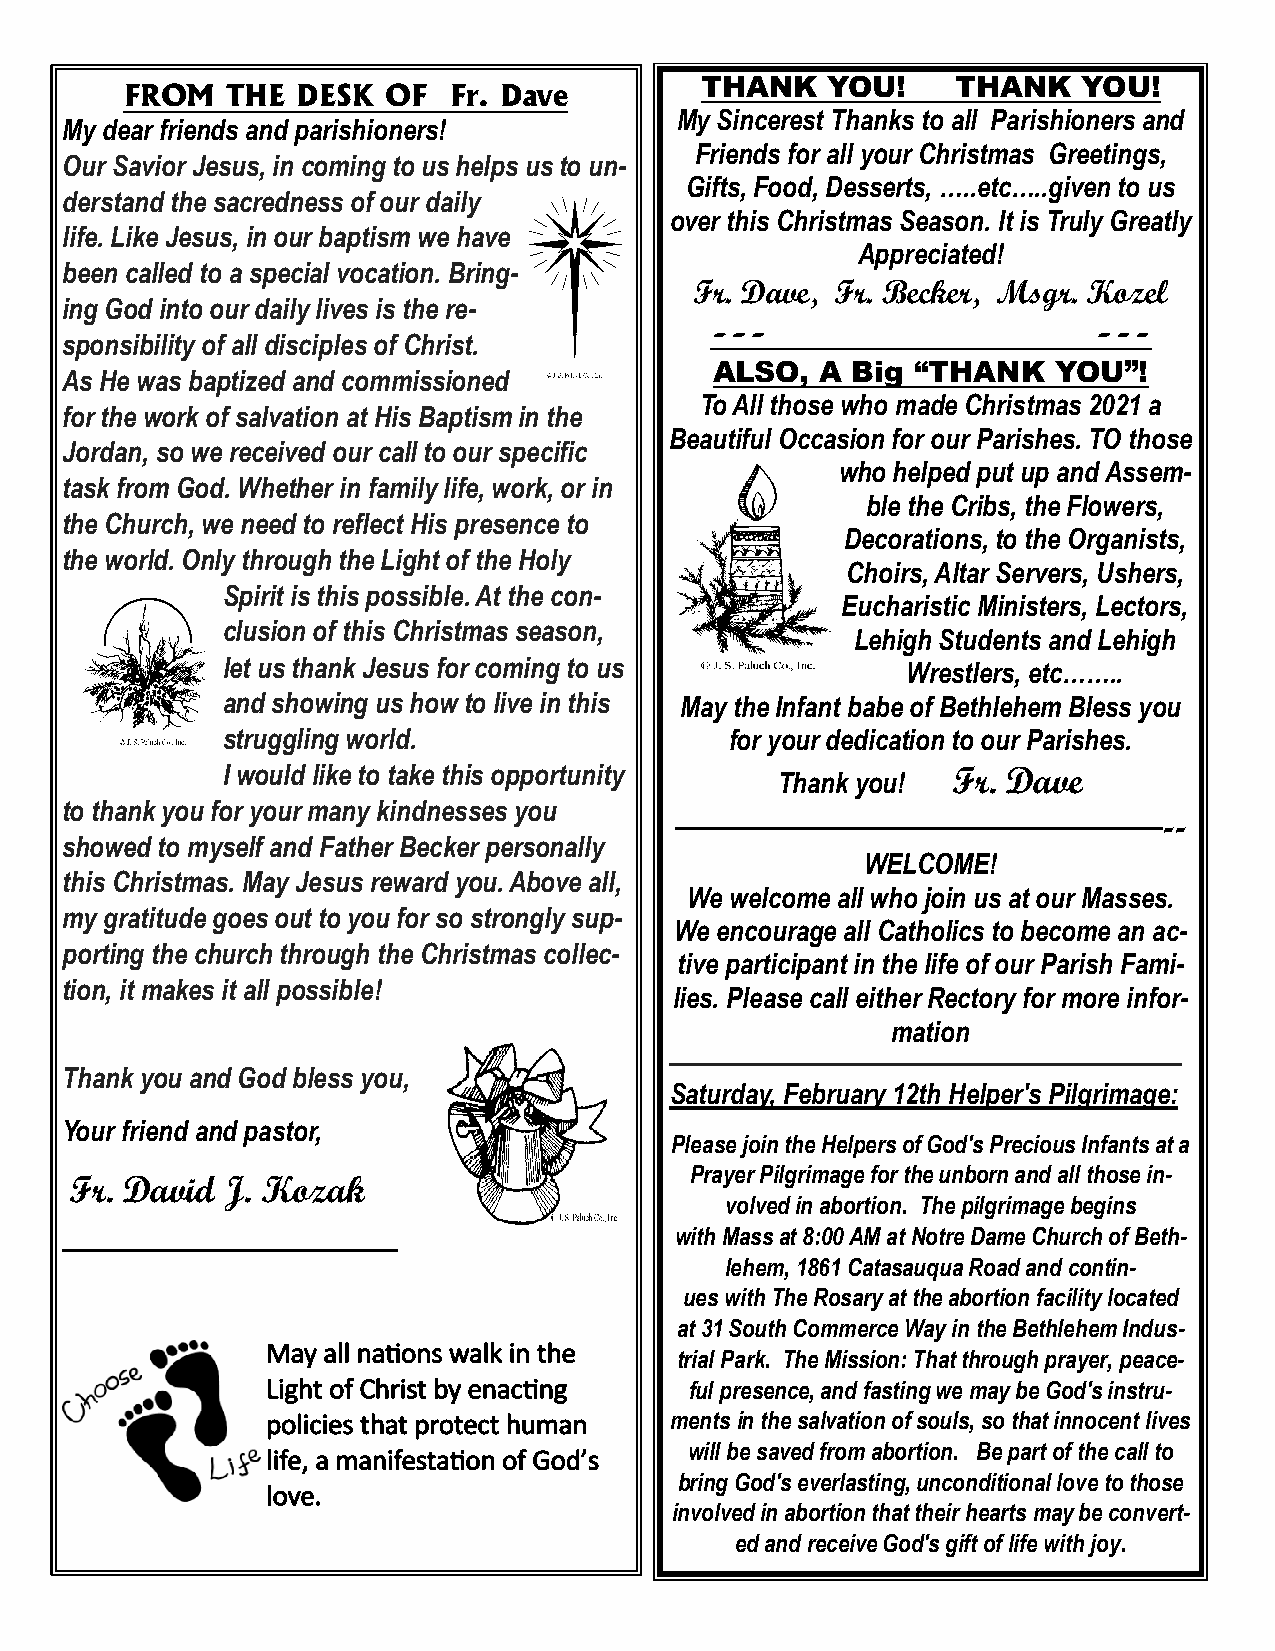
FROM   THE  DESK OF   Fr. Dave
 THANK    YOU!    THANK    YOU!
 My Sincerest Thanks to all Parishioners and
 My dear friends and parishioners!
 Friends for all your Christmas Greetings,
 Our Savior Jesus, in coming to us helps us to un-
 Gifts, Food, Desserts, …..etc…..given to us
 derstand the sacredness of our daily
 over this Christmas Season. It is Truly Greatly
 life. Like Jesus, in our baptism we have
 Appreciated!
 been called to a special vocation. Bring-
 Fr. Dave, Fr. Becker, Msgr. Kozel
 ing God into our daily lives is the re-
 ---                      ---
 sponsibility of all disciples of Christ.
 ALSO,  A Big “THANK    YOU”!
 As He was baptized and commissioned
 To All those who made Christmas 2021 a
 for the work of salvation at His Baptism in the
 Beautiful Occasion for our Parishes. TO those
 Jordan, so we received our call to our specific
 who helped put up and Assem-
 task from God. Whether in family life, work, or in
 ble the Cribs, the Flowers,
 the Church, we need to reflect His presence to
 Decorations, to the Organists,
 the world. Only through the Light of the Holy
 Choirs, Altar Servers, Ushers,
 Spirit is this possible. At the con-
 Eucharistic Ministers, Lectors,
 clusion of this Christmas season,
 Lehigh Students and Lehigh
 let us thank Jesus for coming to us          Wrestlers, etc……..
 and showing us how to live in this May the Infant babe of Bethlehem Bless you
 struggling world.                for your dedication to our Parishes.
 I would like to take this opportunity Thank you! Fr. Dave
 to thank you for your many kindnesses you
 —————————————--
 showed to myself and Father Becker personally
 WELCOME!
 this Christmas. May Jesus reward you. Above all,
 We welcome all who join us at our Masses.
 my gratitude goes out to you for so strongly sup-
 We encourage all Catholics to become an ac-
 porting the church through the Christmas collec-
 tive participant in the life of our Parish Fami-
 tion, it makes it all possible!
 lies. Please call either Rectory for more infor-
 mation
 —————————————————————————
 Thank you and God bless you,
 Saturday, February 12th Helper's Pilgrimage:
 Your friend and pastor,
 Please join the Helpers of God's Precious Infants at a
 Prayer Pilgrimage for the unborn and all those in-
 Fr. David J. Kozak
 volved in abortion. The pilgrimage begins
 with Mass at 8:00 AM at Notre Dame Church of Beth-
 ——————————————
 lehem, 1861 Catasauqua Road and contin-
 ues with The Rosary at the abortion facility located
 at 31 South Commerce Way in the Bethlehem Indus-
 May all nations walk in the
 trial Park. The Mission: That through prayer, peace-
 Light of Christ by enacting ful presence, and fasting we may be God's instru-
 policies that protect human ments in the salvation of souls, so that innocent lives
 will be saved from abortion. Be part of the call to
 life, a manifestation of God’s
 bring God's everlasting, unconditional love to those
 love.
 involved in abortion that their hearts may be convert-
 ed and receive God's gift of life with joy.